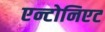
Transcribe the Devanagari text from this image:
एन्टोनिएट